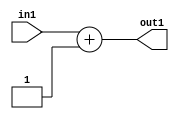
`timescale 1ps / 1ps
/*****************************************************************************
    Verilog RTL Description
    
    
    Created by: Stratus DpOpt 2019.1.01 
*******************************************************************************/

module GaussFilter_Add2i1u1_1 (
	in1,
	out1
	); /* architecture "behavioural" */ 
input  in1;
output [1:0] out1;
wire [1:0] asc001;

assign asc001 = 
	+(in1)
	+(2'B01);

assign out1 = asc001;
endmodule

/* CADENCE  urf1Sw4= : u9/ySgnWtBlWxVPRXgAZ4Og= ** DO NOT EDIT THIS LINE ******/